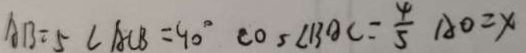
A B = 5 \angle A C B = 9 0 ^ { \circ } \cos \angle B A C = \frac { 4 } { 5 } A O = x